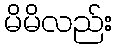
မိမိလည်း